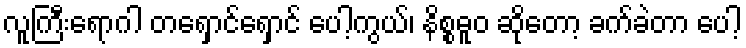
လူကြီးရောဂါ တရှောင်ရှောင် ပေါ့ကွယ်၊ နိစ္စဓူဝ ဆိုတော့ ခက်ခဲတာ ပေါ့